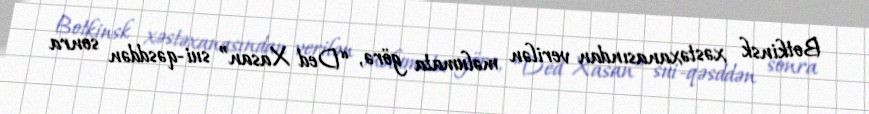
Botkinsk xəstəxanasından verilən məlumata görə, “Ded Xasan” sui-qəsddən sonra